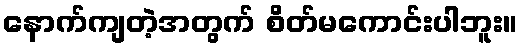
နောက်ကျတဲ့အတွက် စိတ်မကောင်းပါဘူး။